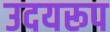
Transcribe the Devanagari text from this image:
उदयरूप